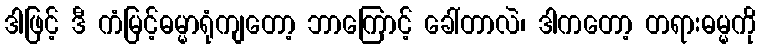
ဒါဖြင့် ဒီ ကံမြင့်ဓမ္မာရုံကျတော့ ဘာကြောင့် ခေါ်တာလဲ၊ ဒါကတော့ တရားဓမ္မကို